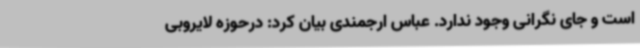
است و جای نگرانی وجود ندارد. عباس ارجمندی بیان کرد: درحوزه لایروبی